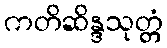
ကတိဆိန္ဒသုတ္တံ